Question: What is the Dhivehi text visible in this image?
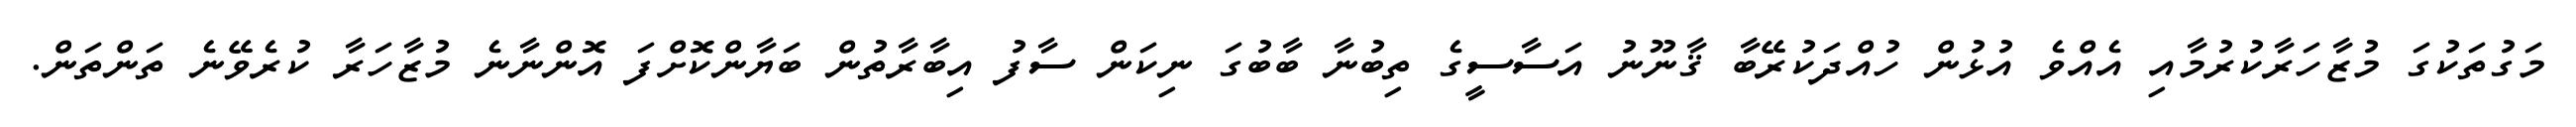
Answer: މަގުތަކުގަ މުޒާހަރާކުރުމާއި އެއްވެ އުޅުން ހުއްދަކުރޭބާ ޤާނޫނު އަސާސީގެ ތިބުނާ ބާބުގަ ނިކަން ސާފު އިބާރާތުން ބަޔާންކޮށްފަ އޮންނާނެ މުޒާހަރާ ކުރެވޭނެ ތަންތަން.